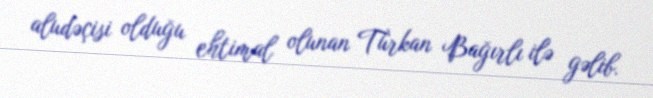
aludəçisi olduğu ehtimal olunan Türkan Bağırlı ilə gəlib.